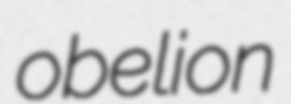
obelion